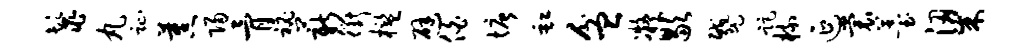
鬣丸趾蕉归骨秘薪衢槛避伯塘缸盆凝歇蹙距梳延裳薹梁